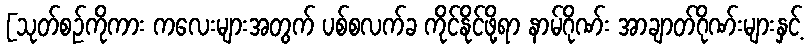
[သုတ်စဉ်ကိုကား ကလေးများအတွက် ပစ်စလက်ခ ကိုင်နိုင်ဖို့ရာ နာမ်ဂိုဏ်း အာချာတ်ဂိုဏ်းများနှင့်